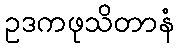
ဥဒကဖုသိတာနံ